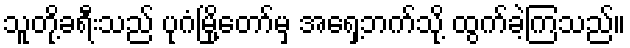
သူတို့ခရီးသည် ပုဂံမြို့တော်မှ အရှေ့ဘက်သို့ ထွက်ခဲ့ကြသည်။